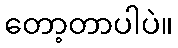
တော့တာပါပဲ။